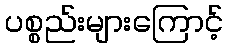
ပစ္စည်းများကြောင့်